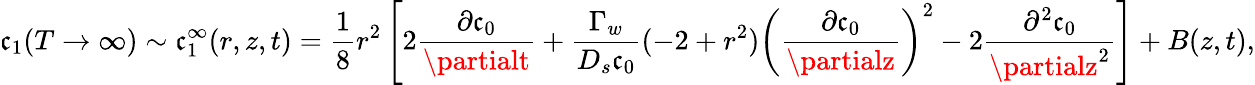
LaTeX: \mathfrak{c}_{1}(T\rightarrow\infty)\sim\mathfrak{c}_{1}^{\infty}(r,z,t)=\frac{{1}}{{8}}r^{2}\left[2\frac{{\partial\mathfrak{c}_{0}}}{{\partialt}}+\frac{{\Gamma_{w}}}{{D_{s}\mathfrak{c}_{0}}}(-2+r^{2})\left(\frac{{\partial\mathfrak{c}_{0}}}{{\partialz}}\right)^{2}-2\frac{{\partial^{2}\mathfrak{c}_{0}}}{{\partialz^{2}}}\right]+B(z,t),